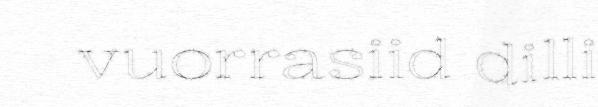
vuorrasiid dilli